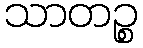
သာတဉ္စ